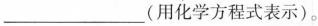
___(化学方程式表示)。